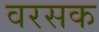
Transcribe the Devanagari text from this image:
वरसक